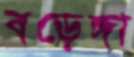
বড়েঙ্গা